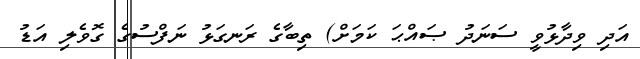
އަދި ވިދާޅުވީ ސަނަދު ޞައްޙަ ކަމަށް) ތިބާގެ ރަނގަޅު ނަފްސުގެ ގޮވެލި އަޑު